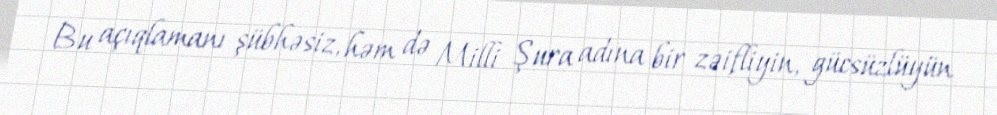
Bu açıqlamanı şübhəsiz, həm də Milli Şura adına bir zəifliyin, gücsüzlüyün